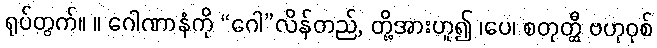
ရုပ်တွက်။ ။ ဂေါဏာနံကို “ဂေါ”လိန်တည်, တို့အားဟူ၍ ၊ပေ၊ စတုတ္ထီ ဗဟုဝုစ်